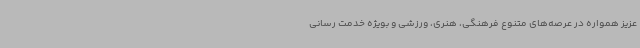
عزیز همواره در عرصه‌های متنوع فرهنگی، هنری، ورزشی و بویژه خدمت رسانی